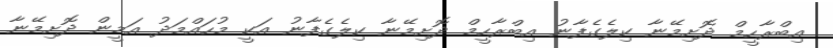
އިބްރާހީމް ދޮށިމޭނާ ކިލެގެފާނު އިބްރާހީމް ދޮށިމޭނާ ކިލެގެފާނު އަކީ މުހައްމަދު އަމީން ދޮށިމޭނާ